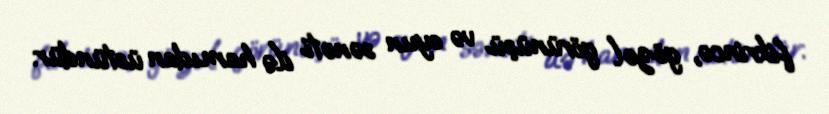
fikrincə, gözəl görünüşü və oyun sənəti ilə hamıdan üstündür.